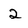
Character: 2